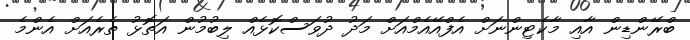
ބްރޭންޑިން އާއި މާކެޓިންނަށް އެފްއޭއެމްއަށް މަދު ދުވަސްކޮޅެއް ލިބުމުން އަތޮޅު ތެރެއަށް އެންމެ